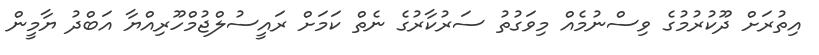
އިތުރަށް ދޫކުރުމުގެ ވިސްނުމެއް މިވަގުތު ސަރުކާރުގެ ނެތް ކަމަށް ރައީސުލްޖުމްހޫރިއްޔާ އަބްދު ޔާމީން